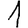
Digit: 1